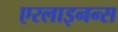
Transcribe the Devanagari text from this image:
एरलाइनन्स